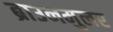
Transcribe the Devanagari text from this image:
ब्राउनमुलर